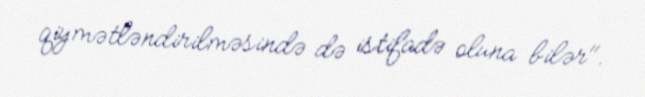
qiymətləndirilməsində də istifadə oluna bilər".